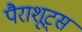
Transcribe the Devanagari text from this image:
पैराशूट्स